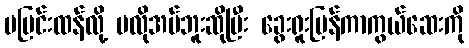
မပြင်းထန်လို့ မလိုအပ်ဘူးဆိုပြီး ခွေးရူးပြန်ကာကွယ်ဆေးကို